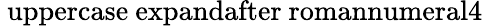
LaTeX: \mathrm{{\ uppercase\ expandafter{\ romannumeral4}}}